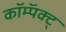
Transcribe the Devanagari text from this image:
कॉम्पॅक्ट्